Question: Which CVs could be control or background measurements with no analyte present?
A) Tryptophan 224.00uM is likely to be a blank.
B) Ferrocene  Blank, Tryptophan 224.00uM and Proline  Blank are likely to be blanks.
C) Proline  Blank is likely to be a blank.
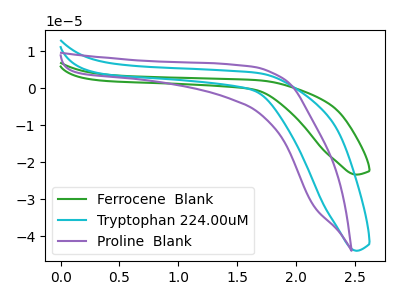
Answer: <think>The green curve "Ferrocene  Blank" has no peaks. The cyan curve "Tryptophan 224.00uM" has no peaks. The purple curve "Proline  Blank" has no peaks.</think>
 <answer>B) "Ferrocene  Blank", "Tryptophan 224.00uM" and "Proline  Blank" are likely to be blanks.</answer>
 <eval>B</eval>